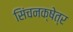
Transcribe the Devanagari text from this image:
सिंचनक्षेत्र